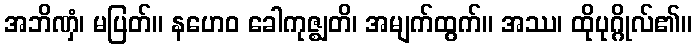
အဘိဏှံ၊ မပြတ်။ နဟေဝ ခေါကုဇ္ဈတိ၊ အမျက်ထွက်။ အဿ၊ ထိုပုဂ္ဂိုလ်၏။